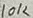
Text: 10K